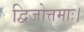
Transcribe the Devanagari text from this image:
द्विजोत्तमाः।